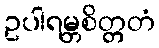
ဥပါရမ္ဘစိတ္တတံ